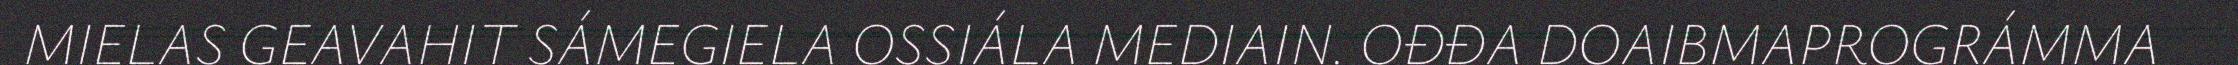
MIELAS GEAVAHIT SÁMEGIELA OSSIÁLA MEDIAIN. OĐĐA DOAIBMAPROGRÁMMA